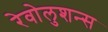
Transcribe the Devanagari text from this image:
रेवोलुशन्स